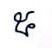
៥